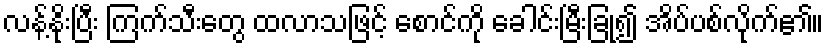
လန့်နိုးပြီး ကြက်သီးတွေ ထလာသဖြင့် စောင်ကို ခေါင်းမြီးခြုံ၍ အိပ်ပစ်လိုက်၏။